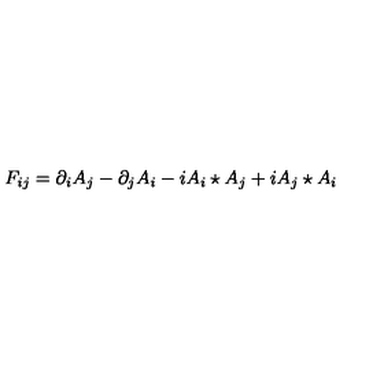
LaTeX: F _ { i j } = \partial _ { i } A _ { j } - \partial _ { j } A _ { i } - i A _ { i } \star A _ { j } + i A _ { j } \star A _ { i }